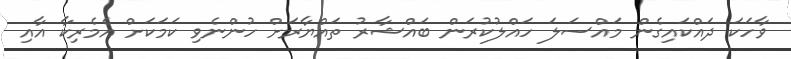
ވާހަކަ ދައްކައިގެން މައްސަލަ ހައްލުކުރަން ބައްޝާރު ތައްޔާރަށް ހުންނެވި ކަމަކަށް އެމެރިކާ އާއި